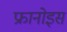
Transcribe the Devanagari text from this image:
फ्रानोइस